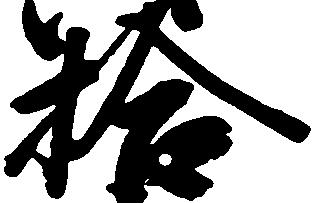
拾